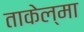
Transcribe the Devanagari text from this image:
ताकेल्मा